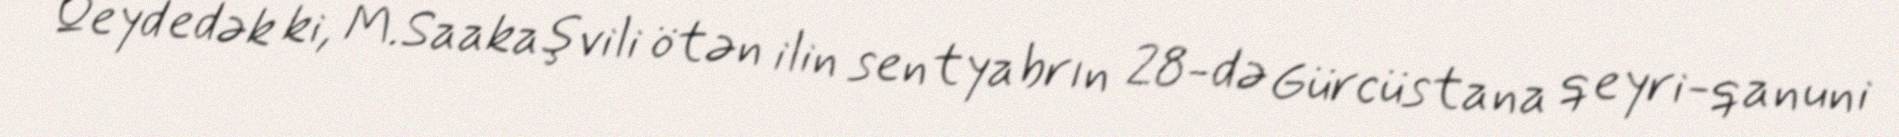
Qeyd edək ki, M.Saakaşvili ötən ilin sentyabrın 28-də Gürcüstana qeyri-qanuni